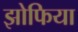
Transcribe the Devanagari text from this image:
झोफिया